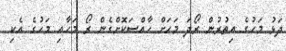
ދަޅު މަހުގެ އިތުރުން ރޯދަ މަހަށް ހާއްސަކޮށްގެން ރޯ މަހާއި މަހުގެ އެކި